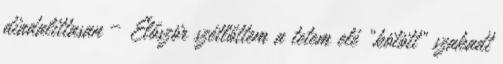
diadalittasan – Elő­ször szétlőttem a tetem elé „kötött” szakadt